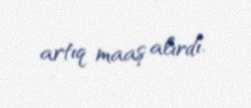
artıq maaş alırdı.